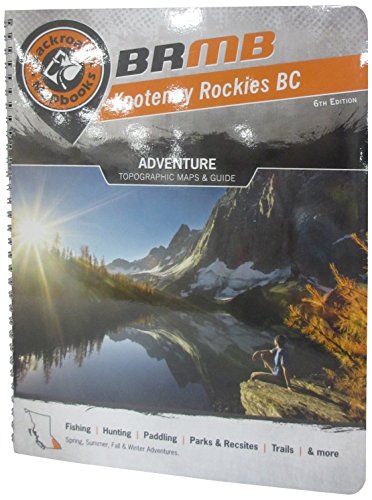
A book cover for Kootenay Rockies BC (Backroad Mapbooks); Russel Mussio; Travel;